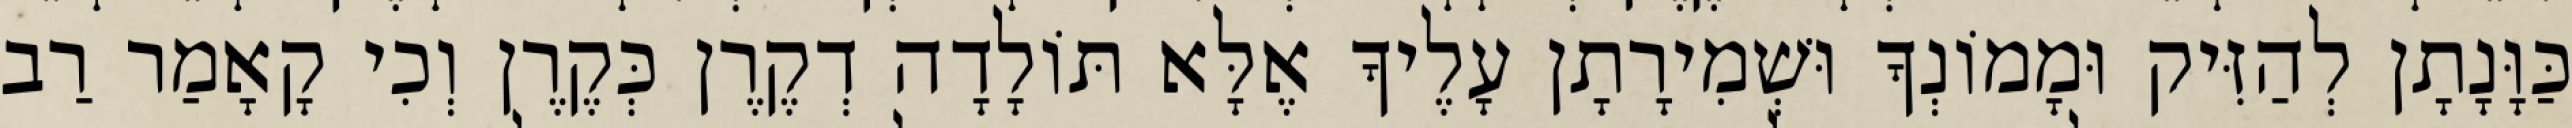
כַּוָּנָתָן לְהַזִּיק וּמָמוֹנְךָ וּשְׁמִירָתָן עָלֶיךָ אֶלָּא תּוֹלָדָה דְקֶרֶן כְּקֶרֶן וְכִי קָאָמַר רַב